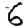
Digit: 6